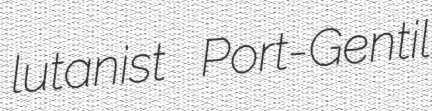
lutanist Port-Gentil